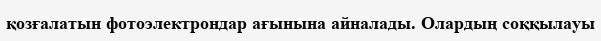
қозғалатын фотоэлектрондар ағынына айналады. Олардың соққылауы